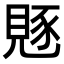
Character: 𧡄